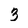
Character: 3